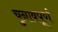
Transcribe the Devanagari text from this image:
चुनावपूर्ण